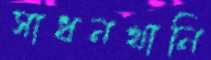
সাধনখানি